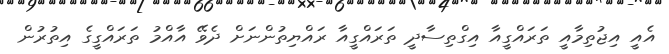
އެއީ އިޖުތިމާއީ ތަރައްގީއާ އިގްތިސާދީ ތަރައްގީއާ ރައްޔިތުންނަށް ދެވޭ އާއްމު ތަރައްގީގެ އިތުރުން